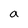
Character: a